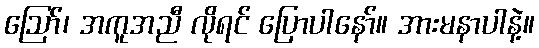
ဪ၊ အကူအညီ လိုရင် ပြောပါနော်။ အားမနာပါနဲ့။